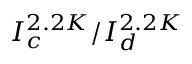
I _ { c } ^ { 2 . 2 K } / I _ { d } ^ { 2 . 2 K }